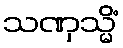
သဏှသ္မိံ